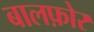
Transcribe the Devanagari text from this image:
बालफ़ोर